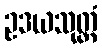
ဥဒယသုတ္တံ